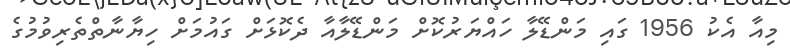
މިއާ އެކު 1956 ގައި މަންޑޭލާ ހައްޔަރުކޮށް މަންޑޭލާއާ ދެކޮޅަށް ގައުމަށް ހިޔާނާތްތެރިވުމުގެ